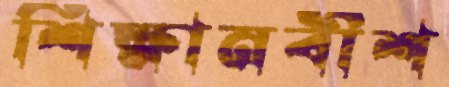
শিক্ষানবীশ